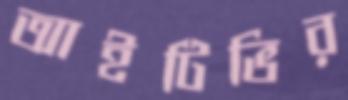
আইটিভির